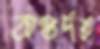
অন্তর্দহ